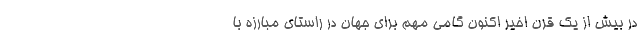
در بیش از یک قرن اخیر اکنون گامی مهم برای جهان در راستای مبارزه با